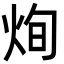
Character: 㶷